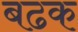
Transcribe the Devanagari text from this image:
बढक